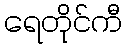
ရေတိုင်ကီ